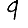
Digit: 9